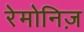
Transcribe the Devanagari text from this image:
रेमोनिज़